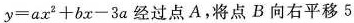
$$y = a x ^ { 2 } + b x - 3 a$$经过点A，将点B向右平移5